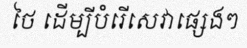
ថៃ ដើម្បីបំរើសេវាផ្សេងៗ